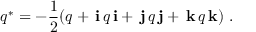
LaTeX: q ^ { * } = - { \frac { 1 } { 2 } } ( q + \, \mathbf { i } \, q \, \mathbf { i } + \, \mathbf { j } \, q \, \mathbf { j } + \, \mathbf { k } \, q \, \mathbf { k } ) ~ .